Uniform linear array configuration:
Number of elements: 64
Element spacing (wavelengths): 0.25
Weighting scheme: hann
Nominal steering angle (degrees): -15
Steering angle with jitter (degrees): -16.543
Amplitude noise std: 0.05
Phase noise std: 0.05

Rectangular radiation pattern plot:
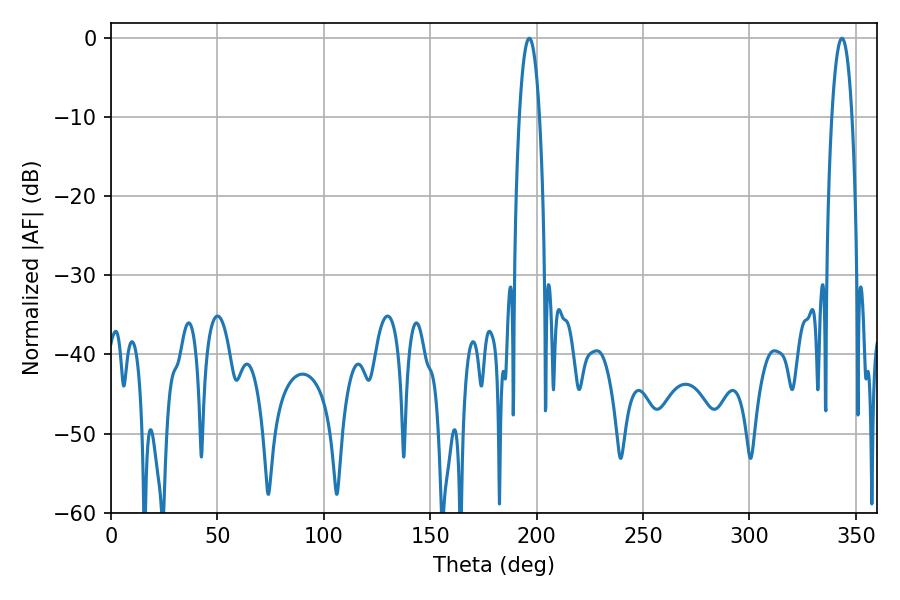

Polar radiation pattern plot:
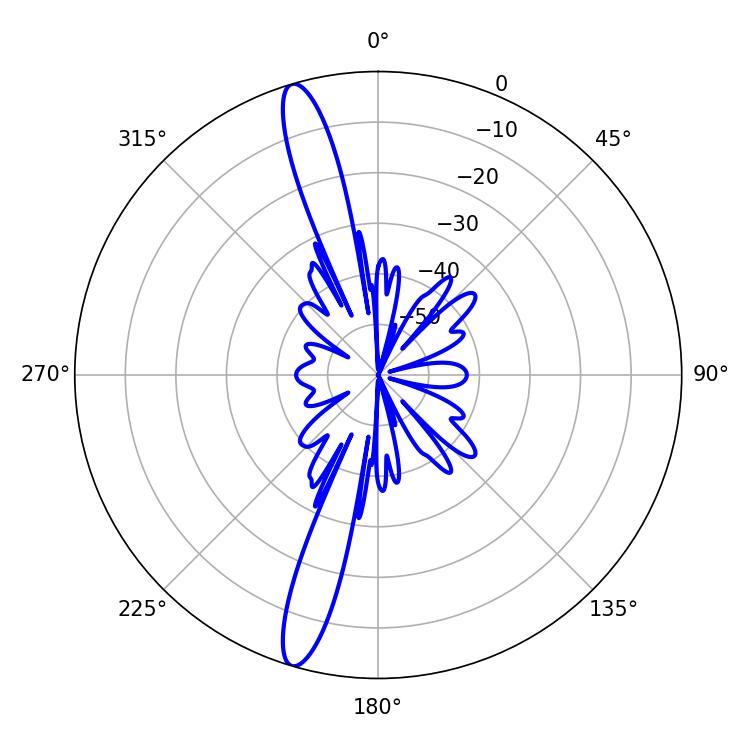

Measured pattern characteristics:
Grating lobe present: FALSE
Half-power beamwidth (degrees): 5.4
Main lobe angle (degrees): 343.44